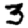
Digit: 3